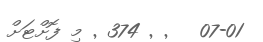
07-01